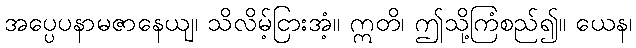
အပ္ပေပနာမဇာနေယျ၊ သိလိမ့်ငြားအံ့။ ဣတိ၊ ဤသို့ကြံစည်၍။ ယေန၊